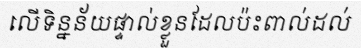
លើទិន្នន័យផ្ទាល់ខ្លួនដែលប៉ះពាល់ដល់